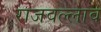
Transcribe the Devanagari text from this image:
राजवल्लाव